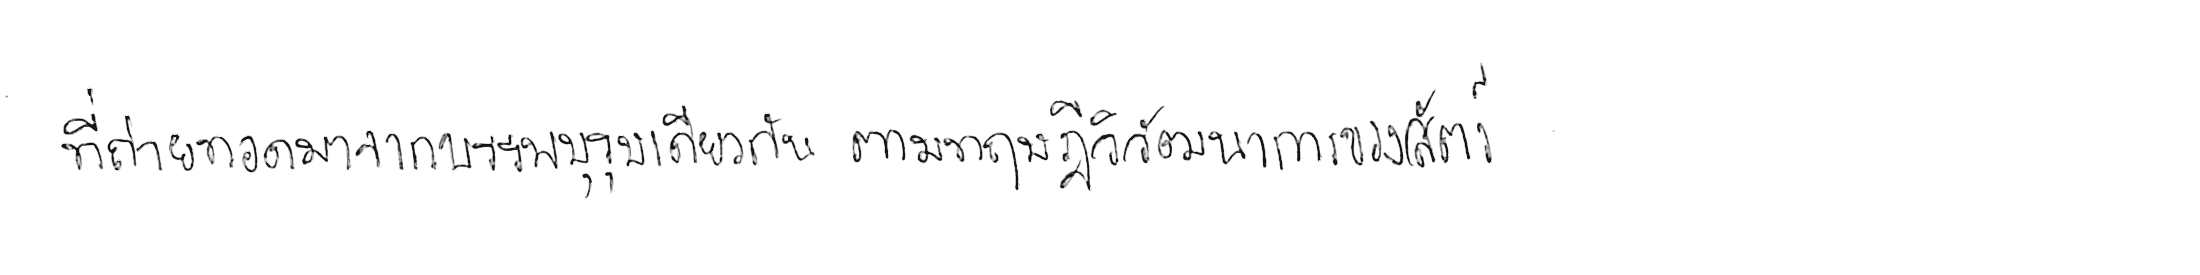
ที่ถ่ายทอดมาจากบรรพบุรุษเดียวกัน ตามทฤษฎีวิวัฒนาการของสัตว์